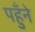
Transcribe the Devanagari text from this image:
पहुँने